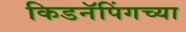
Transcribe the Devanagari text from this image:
किडनॅपिंगच्या